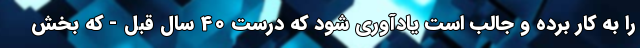
را به کار برده و جالب است یادآوری شود که درست 40 سال قبل - که بخش